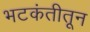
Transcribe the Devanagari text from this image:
भटकंतीतून